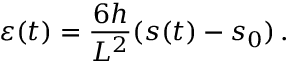
\varepsilon ( t ) = \frac { 6 h } { L ^ { 2 } } ( s ( t ) - s _ { 0 } ) \, .